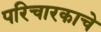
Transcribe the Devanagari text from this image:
परिचारकाचे